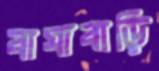
বাঘাবাড়ি